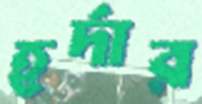
হর্দার